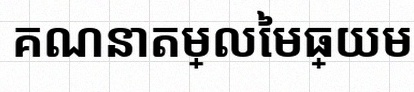
គណនាតម្លៃមធ្យម